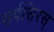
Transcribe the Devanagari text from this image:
सर्पसिरस्